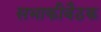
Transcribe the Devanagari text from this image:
सभाकीबैठक